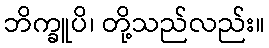
ဘိက္ခူပိ၊ တို့သည်လည်း။